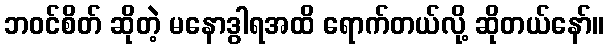
ဘဝင်စိတ် ဆိုတဲ့ မနောဒွါရအထိ ရောက်တယ်လို့ ဆိုတယ်နော်။